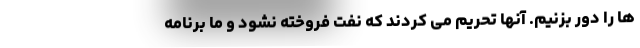
ها را دور بزنیم. آنها تحریم می کردند که نفت فروخته نشود و ما برنامه